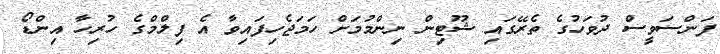
ފަންސަވީސް ދުވަހުގެ ތެރޭގައި ޝޫޓިން ނިންމުމަށް ހަމަޖެހިފައިވާ އެ ފިލްމްގެ ހުރިހާ އިންޑޯ